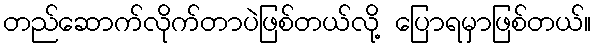
တည်ဆောက်လိုက်တာပဲဖြစ်တယ်လို့ ပြောရမှာဖြစ်တယ်။